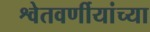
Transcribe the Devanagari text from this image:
श्वेतवर्णीयांच्या